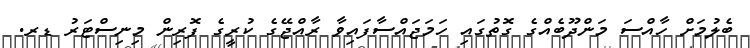
ބެލުމަށް ހާއްސަ މަންދޫބެއްގެ ގޮތުގައި ހަމަޖައްސާފައިވާ ރާއްޖޭގެ ކުރީގެ ފޮރިން މިނިސްޓަރު ޑރ.